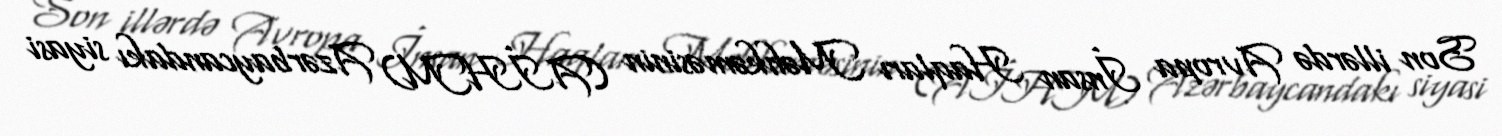
Son illərdə Avropa İnsan Haqları Məhkəməsinin (AİHM) Azərbaycandakı siyasi